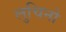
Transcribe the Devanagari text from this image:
लुचिनो